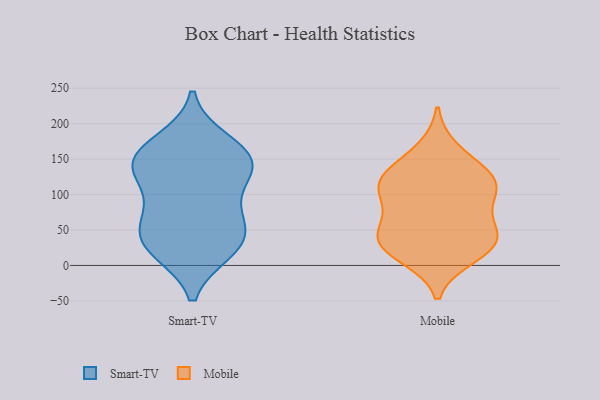
{"axis": {"x": "Active Users", "y": "Value"}, "legend": ["Mobile", "Smart-TV"], "data": [{"x": "", "y": 86, "type": "Smart-TV"}, {"x": "", "y": 32, "type": "Smart-TV"}, {"x": "", "y": 144, "type": "Smart-TV"}, {"x": "", "y": 142, "type": "Smart-TV"}, {"x": "", "y": 65, "type": "Smart-TV"}, {"x": "", "y": 175, "type": "Smart-TV"}, {"x": "", "y": 61, "type": "Smart-TV"}, {"x": "", "y": 123, "type": "Smart-TV"}, {"x": "", "y": 165, "type": "Smart-TV"}, {"x": "", "y": 39, "type": "Smart-TV"}, {"x": "", "y": 144, "type": "Smart-TV"}, {"x": "", "y": 141, "type": "Smart-TV"}, {"x": "", "y": 22, "type": "Smart-TV"}, {"x": "", "y": 21, "type": "Smart-TV"}, {"x": "", "y": 54, "type": "Mobile"}, {"x": "", "y": 37, "type": "Mobile"}, {"x": "", "y": 65, "type": "Mobile"}, {"x": "", "y": 163, "type": "Mobile"}, {"x": "", "y": 31, "type": "Mobile"}, {"x": "", "y": 135, "type": "Mobile"}, {"x": "", "y": 115, "type": "Mobile"}, {"x": "", "y": 97, "type": "Mobile"}, {"x": "", "y": 35, "type": "Mobile"}, {"x": "", "y": 23, "type": "Mobile"}, {"x": "", "y": 13, "type": "Mobile"}, {"x": "", "y": 104, "type": "Mobile"}, {"x": "", "y": 118, "type": "Mobile"}, {"x": "", "y": 121, "type": "Mobile"}]}